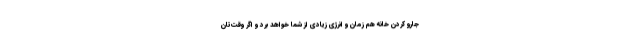
جارو کردن خانه هم زمان و انرژی زیادی از شما خواهد برد و اگر وقت‌تان